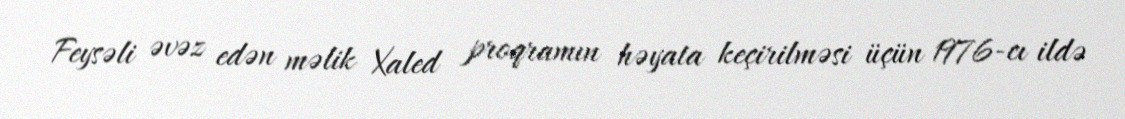
Feysəli əvəz edən məlik Xaled proqramın həyata keçirilməsi üçün 1976-cı ildə